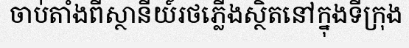
ចាប់តាំងពីស្ថានីយ៍រថភ្លើងស្ថិតនៅក្នុងទីក្រុង